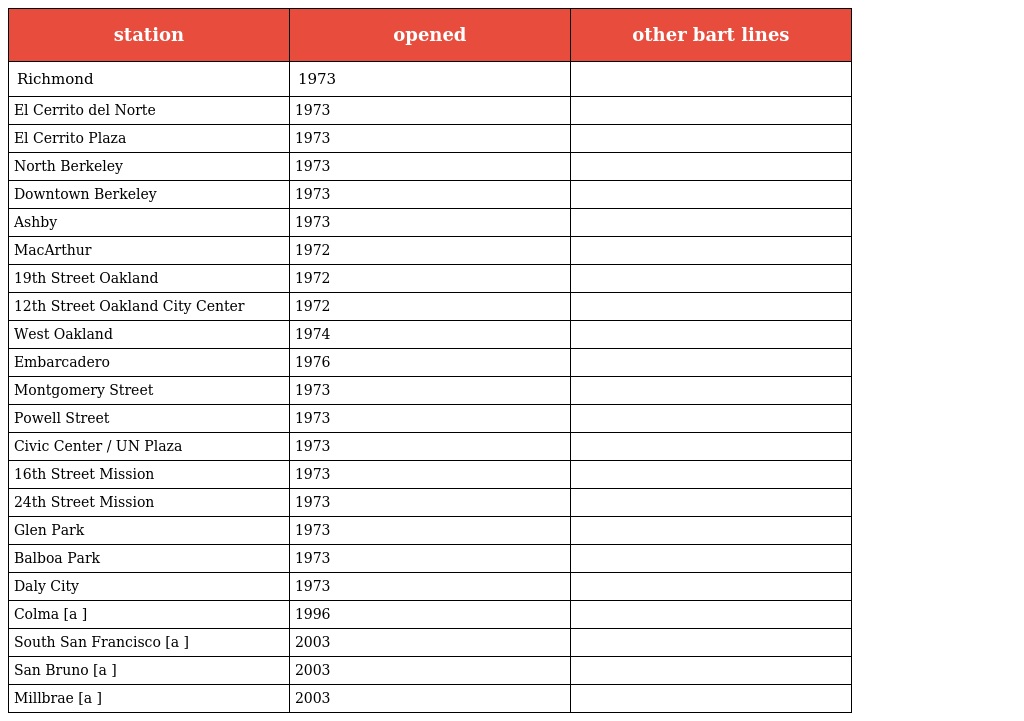
| station | opened | other bart lines |
 | --- | --- | --- |
 | Richmond | 1973 |  |
 | El Cerrito del Norte | 1973 |  |
 | El Cerrito Plaza | 1973 |  |
 | North Berkeley | 1973 |  |
 | Downtown Berkeley | 1973 |  |
 | Ashby | 1973 |  |
 | MacArthur | 1972 |  |
 | 19th Street Oakland | 1972 |  |
 | 12th Street Oakland City Center | 1972 |  |
 | West Oakland | 1974 |  |
 | Embarcadero | 1976 |  |
 | Montgomery Street | 1973 |  |
 | Powell Street | 1973 |  |
 | Civic Center / UN Plaza | 1973 |  |
 | 16th Street Mission | 1973 |  |
 | 24th Street Mission | 1973 |  |
 | Glen Park | 1973 |  |
 | Balboa Park | 1973 |  |
 | Daly City | 1973 |  |
 | Colma [a ] | 1996 |  |
 | South San Francisco [a ] | 2003 |  |
 | San Bruno [a ] | 2003 |  |
 | Millbrae [a ] | 2003 |  |